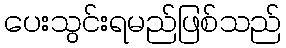
ပေးသွင်းရမည်ဖြစ်သည်